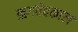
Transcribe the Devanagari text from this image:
ऋगवेदकाल